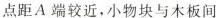
点距A端较近，小物块与木板间